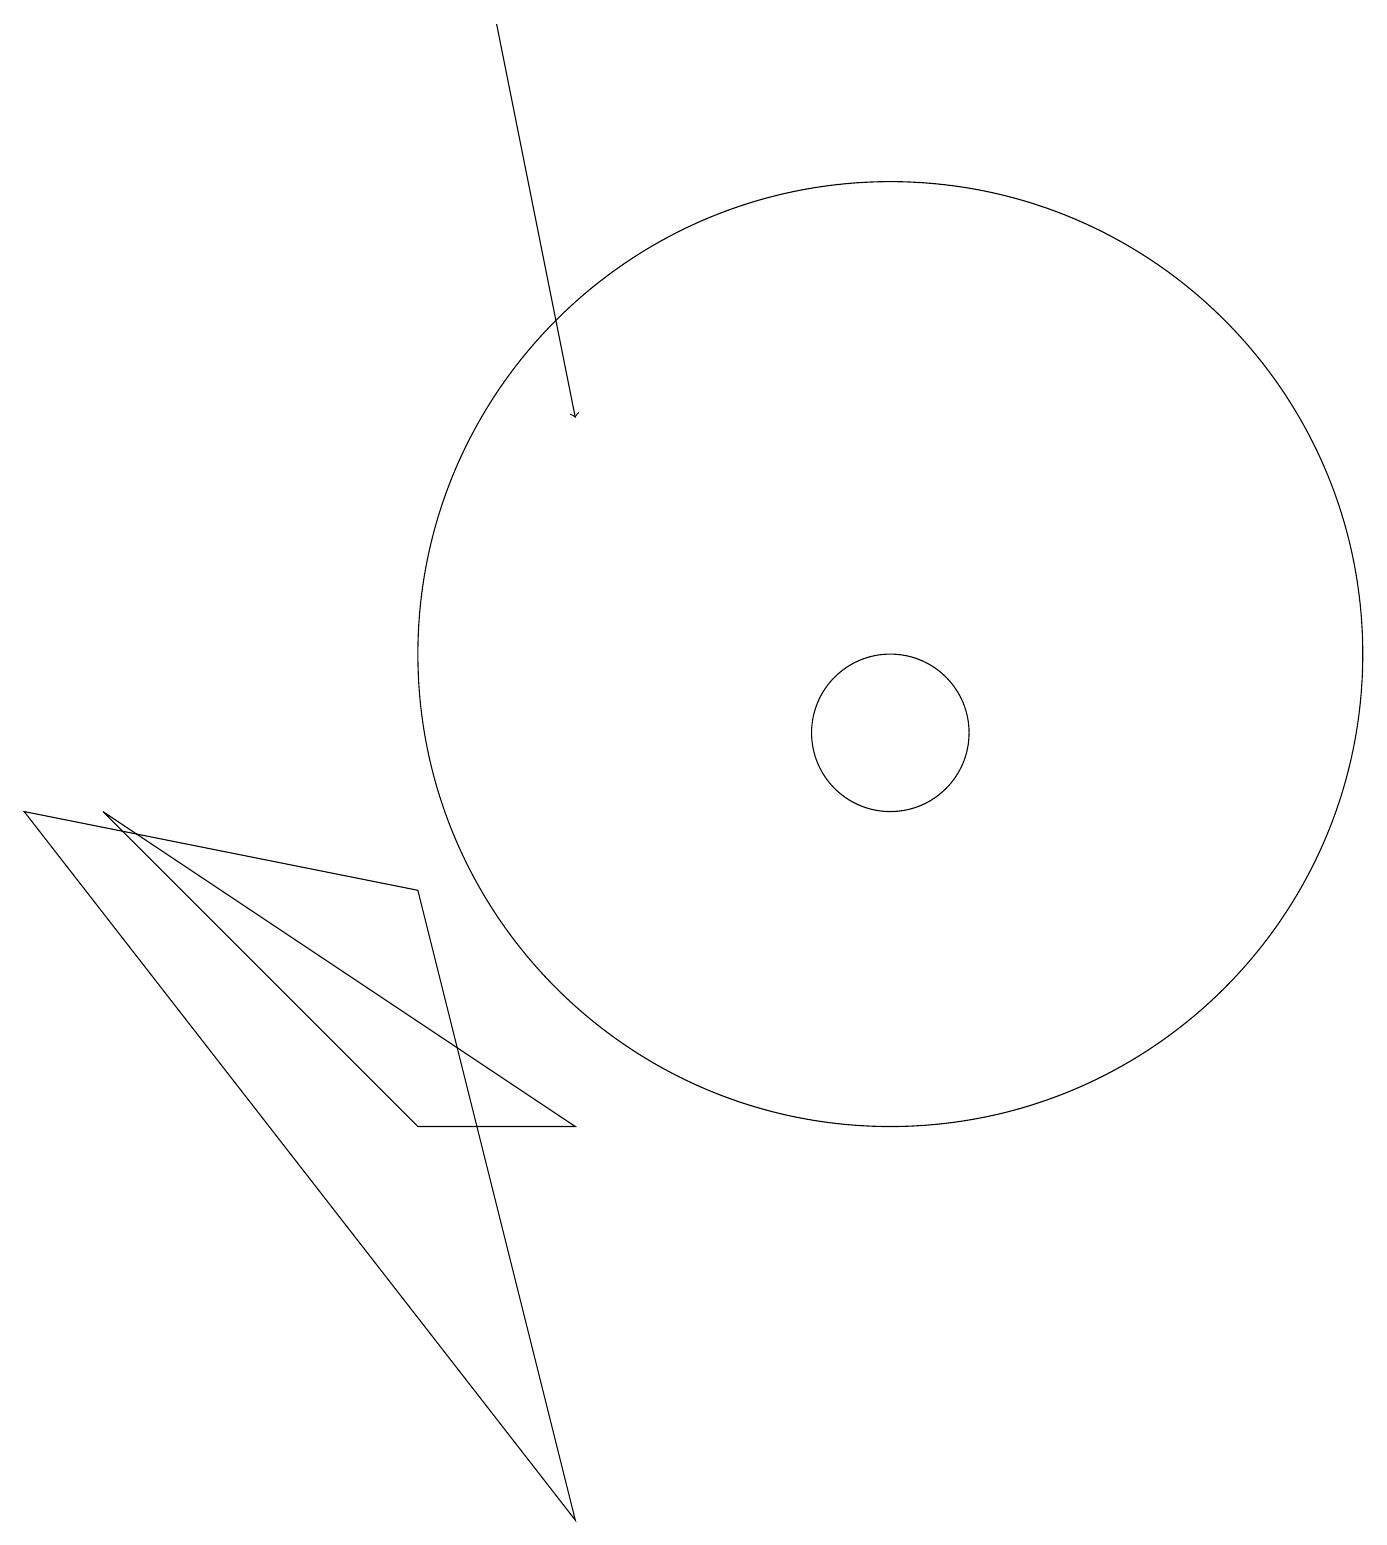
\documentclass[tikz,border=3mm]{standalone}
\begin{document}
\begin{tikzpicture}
\draw[->] (6,19) -- (7,14);
\draw (11,11) circle (6);
\draw (11,10) circle (1);
\draw (5,5) -- (1,9) -- (7,5) -- cycle;
\draw (5,8) -- (7,0) -- (0,9) -- cycle;
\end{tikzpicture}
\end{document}